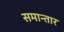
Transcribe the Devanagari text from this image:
समान्तार